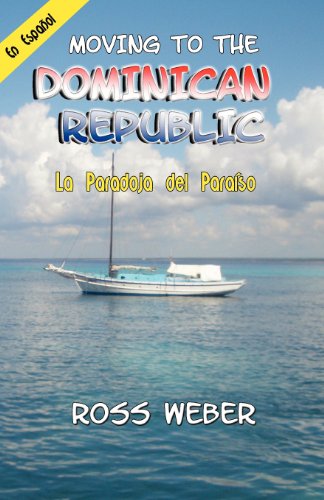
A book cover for La Paradoja del Paraiso: Moving to the Dominican Republic (Spanish Edition); Ross Weber; Travel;